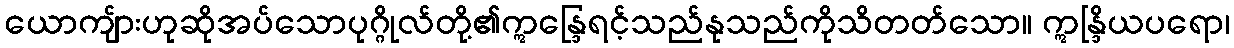
ယောကျ်ားဟုဆိုအပ်သောပုဂ္ဂိုလ်တို့၏ဣန္ဒြေရင့်သည်နုသည်ကိုသိတတ်သော။ ဣန္ဒြိယပရော၊